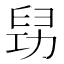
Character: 𠢈